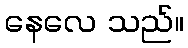
နေလေ သည်။